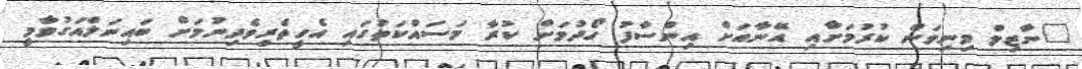
"ނާޒިމް މިނިވަން ކުރުމަށާއި އޭނާއަށް އިންސާފު ހޯދުމަށް ކުރާ މަސައްކަތުގައި އެހީތެރިވެދިނުމަށް ބައިނަލްއަގުވާމީ